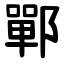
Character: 鄲